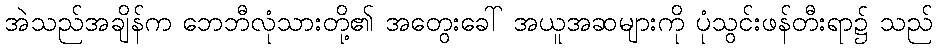
အဲသည်အချိန်က ဘေဘီလုံသားတို့၏ အတွေးခေါ် အယူအဆများကို ပုံသွင်းဖန်တီးရာ၌ သည်